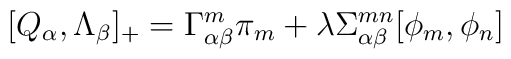
[Q_{\alpha}, \Lambda_{\beta}]_{+} = \Gamma^{m}_{\alpha \beta} \pi_{m} + \lambda \Sigma^{mn}_{\alpha \beta} [\phi_{m}, \phi_{n}]